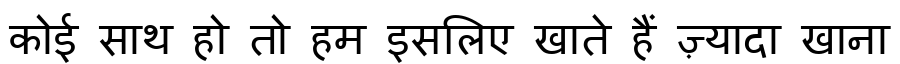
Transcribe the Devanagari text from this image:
कोई साथ हो तो हम इसलिए खाते हैं ज़्यादा खाना